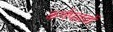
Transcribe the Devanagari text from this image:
कर्णपल्लवों